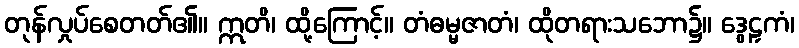
တုန်လှုပ်စေတတ်၏။ ဣတိ၊ ထို့ကြောင့်။ တံဓမ္မဇာတံ၊ ထိုတရားသဘော၌။ ဒွေဠှကံ၊